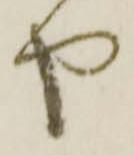
や